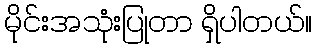
မိုင်းအသုံးပြုတာ ရှိပါတယ်။